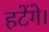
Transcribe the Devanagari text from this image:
हटेंगे।